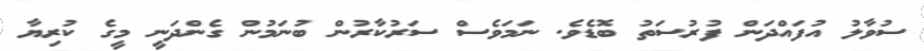
ސުވާލު އުފައްދަން ފުރުސަތު ބޮޑެވެ. ނަމަވެސް ސަރުކާރުން ބުނަމުން ގެންދަނީ މީގެ ކުރިޔާ